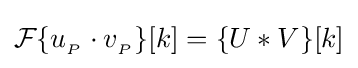
{\mathcal {F}}\{u_{_{P}}\cdot v_{_{P}}\}[k]=\{U*V\}[k]